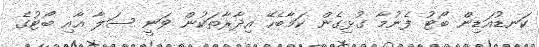
ކަނޑުއަޑިން ބޯޓު ފެނުމާ ގުޅިގެން ކަމާބެހޭ އިދާރާތަކުން ވަނީ ސަލާ އާއި ބޯޓުގެ